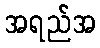
အရည်အ